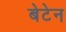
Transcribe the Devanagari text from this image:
बेटेन